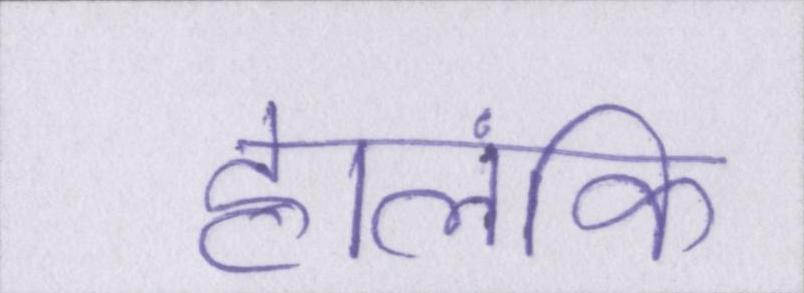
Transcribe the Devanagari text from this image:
हालंकि